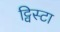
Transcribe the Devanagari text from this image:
ट्विस्टा